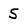
Character: 5